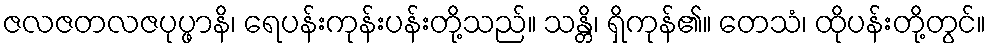
ဇလဇတလဇပုပ္ဖာနိ၊ ရေပန်းကုန်းပန်းတို့သည်။ သန္တိ၊ ရှိကုန်၏။ တေသံ၊ ထိုပန်းတို့တွင်။